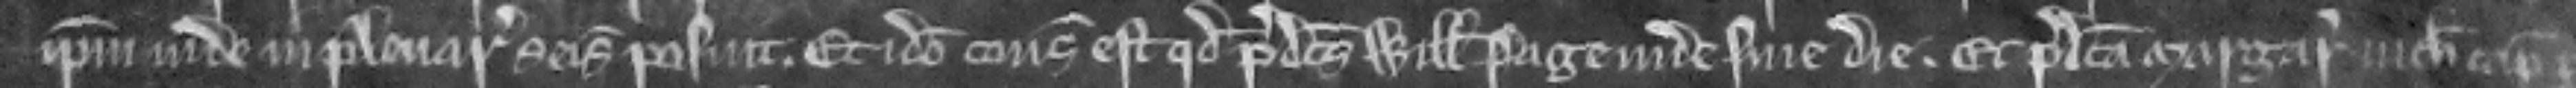
ipsum inde in plenaria seisina posuit. Et ideo consideratum est quod predictus Willelmus Page inde sine die. Et predicta Margareta nichil capiat per